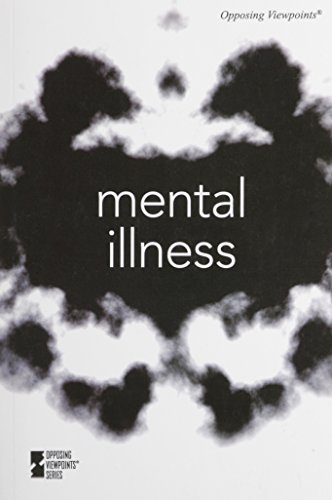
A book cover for Mental Illness (Opposing Viewpoints); Roman Espejo; Teen & Young Adult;